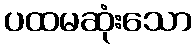
ပထမဆုံးသော